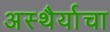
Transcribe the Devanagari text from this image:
अस्थैर्याचा